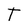
Character: T